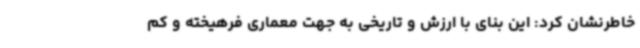
خاطرنشان کرد: این بنای با ارزش و تاریخی به جهت معماری فرهیخته و کم